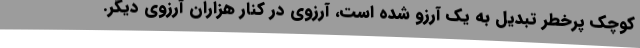
کوچک پرخطر تبدیل به یک آرزو شده است، آرزوی در کنار هزاران آرزوی دیگر.